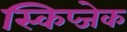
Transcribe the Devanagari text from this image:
स्किप्जेक